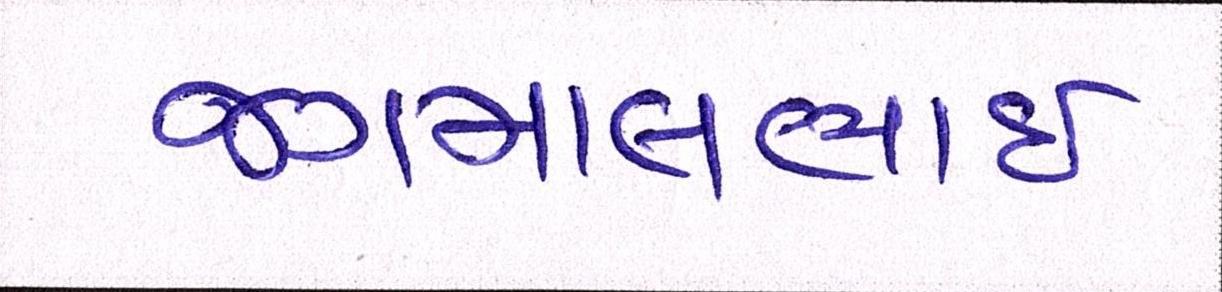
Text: જગમાલભાઇ